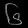
Digit: ၆